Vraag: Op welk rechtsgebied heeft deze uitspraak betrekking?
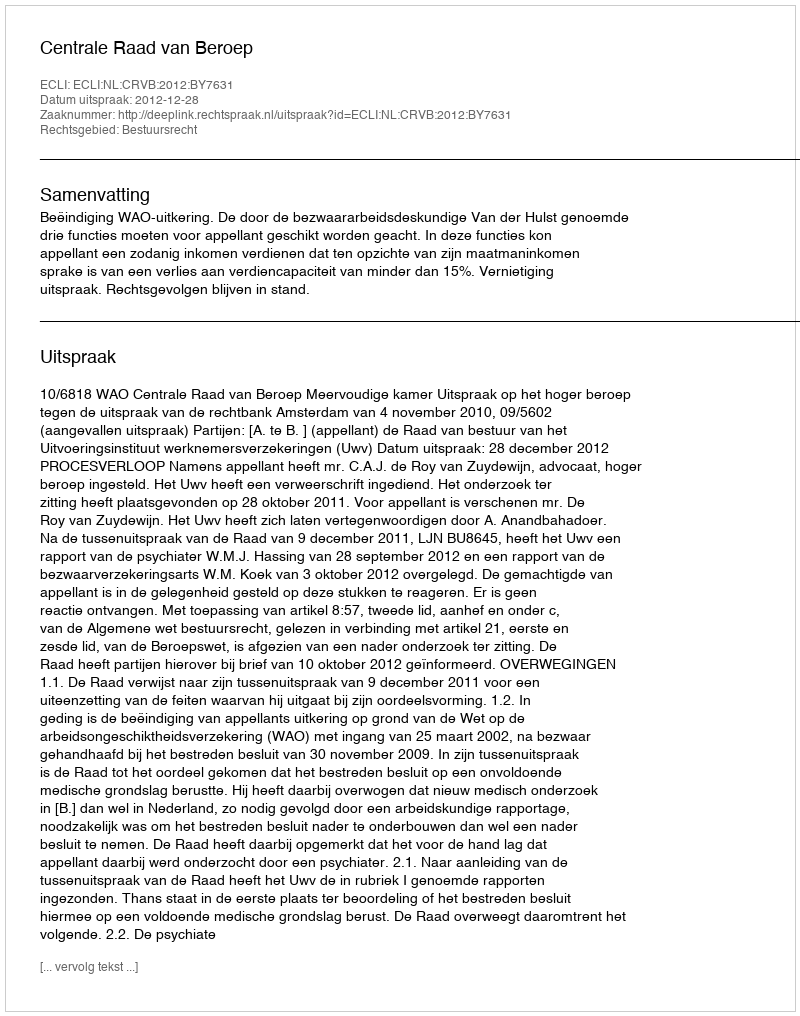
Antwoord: Bestuursrecht